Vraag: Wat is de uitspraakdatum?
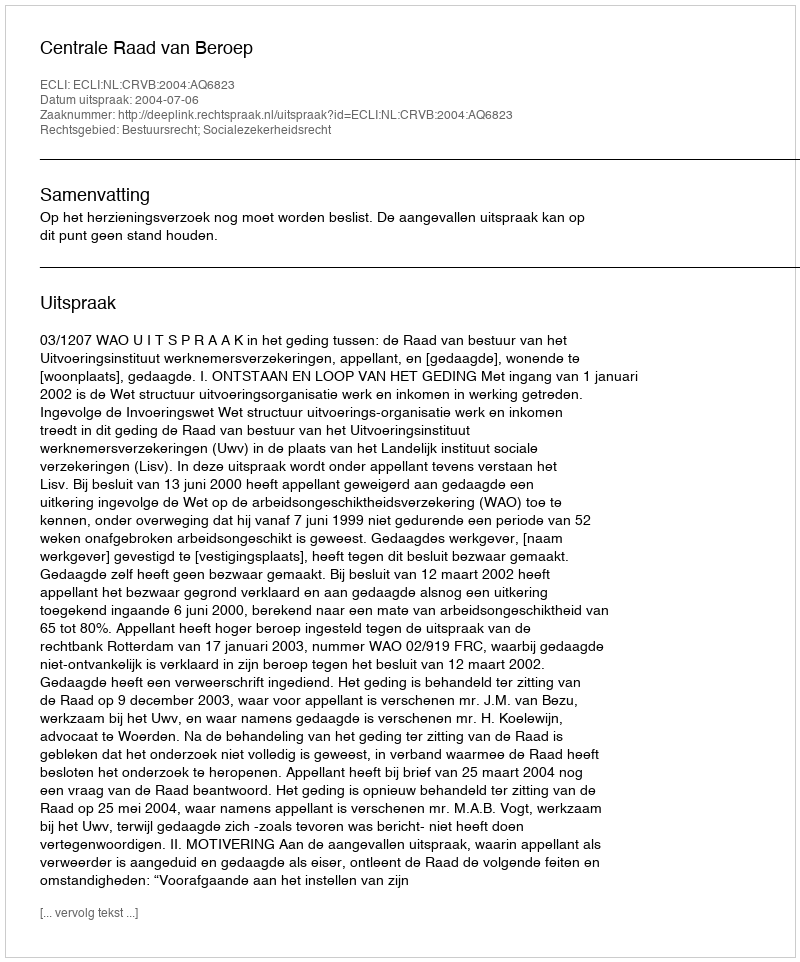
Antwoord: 2004-07-06